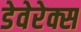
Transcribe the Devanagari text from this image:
डेवेरेक्स